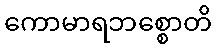
ကောမာရဘစ္စောတိ